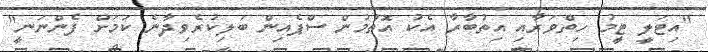
"އިޓަލީ ޓީމު ހިތްވަރާއި އިތުބާރާ އެކު އޮތުމުން ސްޕެއިން ބަލިކުރެވިދާނެ ކަމަށް ފެންނަނީ"